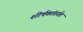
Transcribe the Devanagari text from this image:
शीर्षकांतर्गत